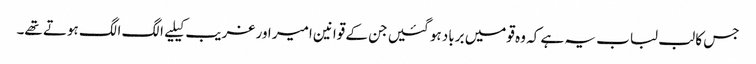
جس کا لب لباب یہ ہے کہ وہ قومیں برباد ہو گئیں جن کے قوانین امیر اور غریب کیلیے الگ الگ ہوتے تھے۔